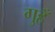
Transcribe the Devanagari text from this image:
गुहँ